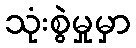
သုံးစွဲမှုမှာ